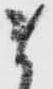
ま